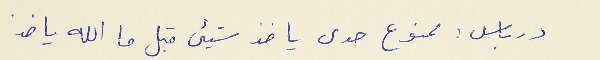
درباس : ممنوع حدى ياخذ شيىء قبل ما الله ياخذ